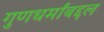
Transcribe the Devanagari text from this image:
गुणधर्मांबद्दल